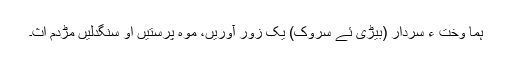
ہما وخت ءِ سردار (بیڑی ئے سروک) یک زور آوریں، موہ پرستیں او سنگدلیں مڑدم اث۔